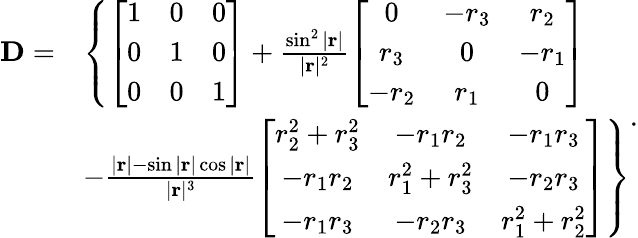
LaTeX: \begin{array}{rl}{\mathbf{D}=}&{\left\{ \left[\begin{array}{lll}{1}&{0}&{0}\\ {0}&{1}&{0}\\ {0}&{0}&{1}\end{array}\right]+\frac{\sin^{2}|\mathbf{r}|}{|\mathbf{r}|^{2}}\left[\begin{array}{ccc}{0}&{-r_{3}}&{r_{2}}\\ {r_{3}}&{0}&{-r_{1}}\\ {-r_{2}}&{r_{1}}&{0}\end{array}\right]\right.}\\ &{\left.-\frac{|\mathbf{r}|-\sin|\mathbf{r}|\cos|\mathbf{r}|}{|\mathbf{r}|^{3}}\left[\begin{array}{ccc}{r_{2}^{2}+r_{3}^{2}}&{-r_{1}r_{2}}&{-r_{1}r_{3}}\\ {-r_{1}r_{2}}&{r_{1}^{2}+r_{3}^{2}}&{-r_{2}r_{3}}\\ {-r_{1}r_{3}}&{-r_{2}r_{3}}&{r_{1}^{2}+r_{2}^{2}}\end{array}\right]\right\} }\end{array}.